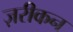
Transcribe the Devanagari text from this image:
ज़रीकन